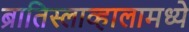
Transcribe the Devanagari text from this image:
ब्रातिस्लाव्हालामध्ये